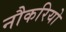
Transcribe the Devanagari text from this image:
नौकरियो